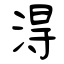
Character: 淂